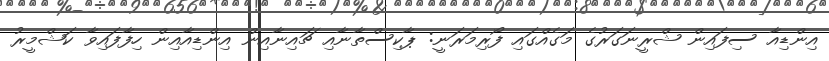
އިންޑިއާ ސިފައިން ޝްރީނަގަރުގެ މަގެއްގައި ފޯރިމަރަނީ: ޕާކިސްތާނާއި ޗައިނާއިން އިންޑިއާއިން ހިފާފައިވާ ކަޝްމީރު